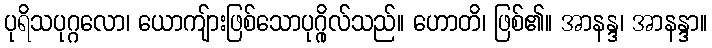
ပုရိသပုဂ္ဂလော၊ ယောကျ်ားဖြစ်သောပုဂ္ဂိုလ်သည်။ ဟောတိ၊ ဖြစ်၏။ အာနန္ဒ၊ အာနန္ဒာ။